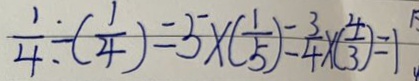
\frac { 1 } { 4 } \div ( \frac { 1 } { 4 } ) = 5 \times ( \frac { 1 } { 5 } ) = \frac { 3 } { 4 } \times ( \frac { 4 } { 3 } ) = 1